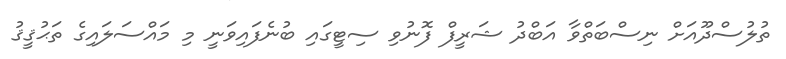
ތުލުސްދޫއަށް ނިސްބަތްވާ އަބްދު ޝަރީފް ފޮނުވި ސިޓީގައި ބުނެފައިވަނީ މި މައްސަލައިގެ ތަޙުޤީޤު